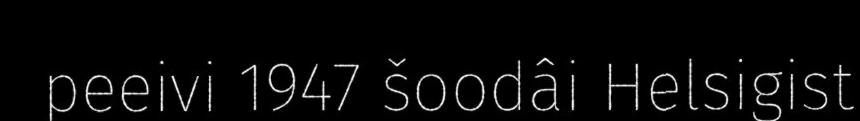
peeivi 1947 šoodâi Helsigist